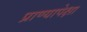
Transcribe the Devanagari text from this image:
प्राण्यापेक्षा